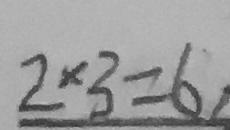
2 \times 3 = 6